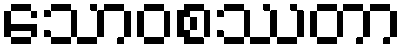
သောဝစဿတာ